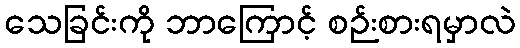
သေခြင်းကို ဘာကြောင့် စဉ်းစားရမှာလဲ